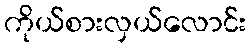
ကိုယ်စားလှယ်လောင်း